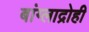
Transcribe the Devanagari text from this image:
बांग्लाद्रोही